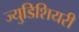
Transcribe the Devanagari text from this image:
ज्युडिशियरी